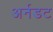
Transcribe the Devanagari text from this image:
अर्नडट